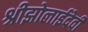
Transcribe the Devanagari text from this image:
श्रीझोलाईदेवी